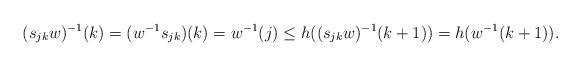
LaTeX: \begin{align*}\begin{aligned}(s_{jk}w)^{-1}(k) &= (w^{-1}s_{jk})(k)=w^{-1}(j)\leq h((s_{jk}w)^{-1}(k+1))=h(w^{-1}(k+1)).\\\end{aligned}\end{align*}